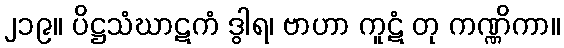
၂၁၉။ ပိဋ္ဌသံဃာဋကံ ဒွါရ၊ ဗာဟာ ကူဋံ တု ကဏ္ဏိကာ။